Papers set at the Examination for Leaving Certificates, 1893
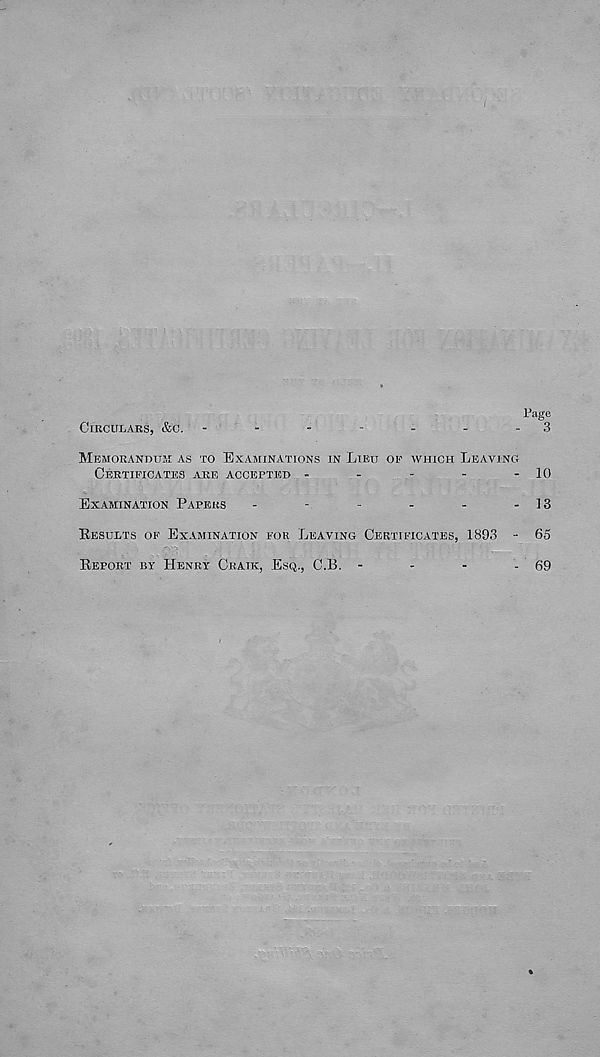
Page
CIRCULARS, &C.
-
-
-
-
-
-
-
3
MEMORANDUM AS TO EXAMINATIONS IN LIEU OE WHICH LEAVING
CERTIFICATES ARE ACCEPTED
-
-
-
-
-10
EXAMINATION PAPERS
-
-
-
-
-
-
13
RESULTS OF EXAMINATION FOR LEAVING CERTIFICATES, 1893
-
65
REPORT BY HENRY CRAIK, ESQ., C.B.
-
-
-
-
69